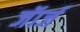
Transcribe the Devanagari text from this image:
जॅार्ज